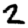
Digit: 2